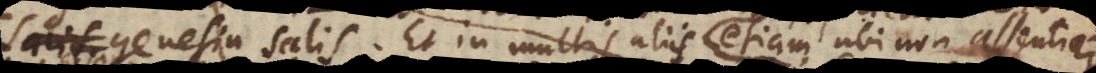
circa genesin salis. Et in multis aliis etiam ubi non assentior,